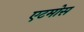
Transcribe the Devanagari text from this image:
एटमोस